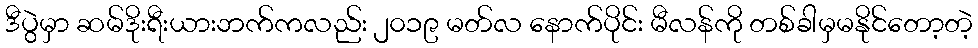
ဒီပွဲမှာ ဆမ်ဒိုးရီးယားဘက်ကလည်း ၂၀၁၉ မတ်လ နောက်ပိုင်း မီလန်ကို တစ်ခါမှမနိုင်တော့တဲ့